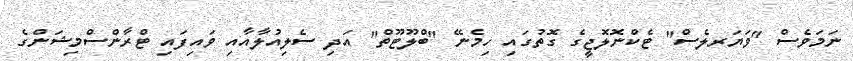
ނަމަވެސް "ވަޔަރލެސް" ޓެކްނޮލޮޖީގެ ގޮތުގައި ހިމެނޭ "ބްލޫޓޫތް" އަދި ސެލިއުލާއާއި ވައިފައި ޓްރާންސްމިޝަންގެ